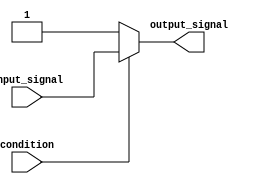
module if_else_module (
    input wire condition,
    input wire input_signal,
    output reg output_signal
);

always @(*)
begin
    if (~condition) begin
        output_signal <= 1'b1; // When condition is false
    end else begin
        output_signal <= input_signal; // When condition is true
    end
end

endmodule